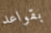
بقواعد